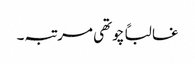
غالباً چوتھی مرتبہ۔